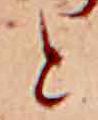
と